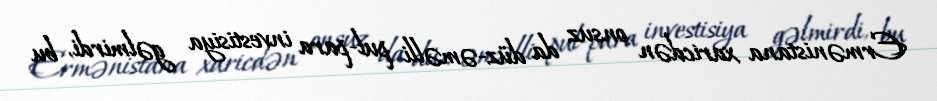
Ermənistana xaricdən onsuz da düz-əməlli pul-para investisiya gəlmirdi, bu